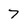
Character: 7